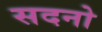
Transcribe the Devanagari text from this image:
सदनो